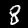
Digit: 8